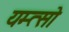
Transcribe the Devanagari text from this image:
यम्त्सो